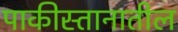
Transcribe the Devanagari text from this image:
पाकीस्तानातील